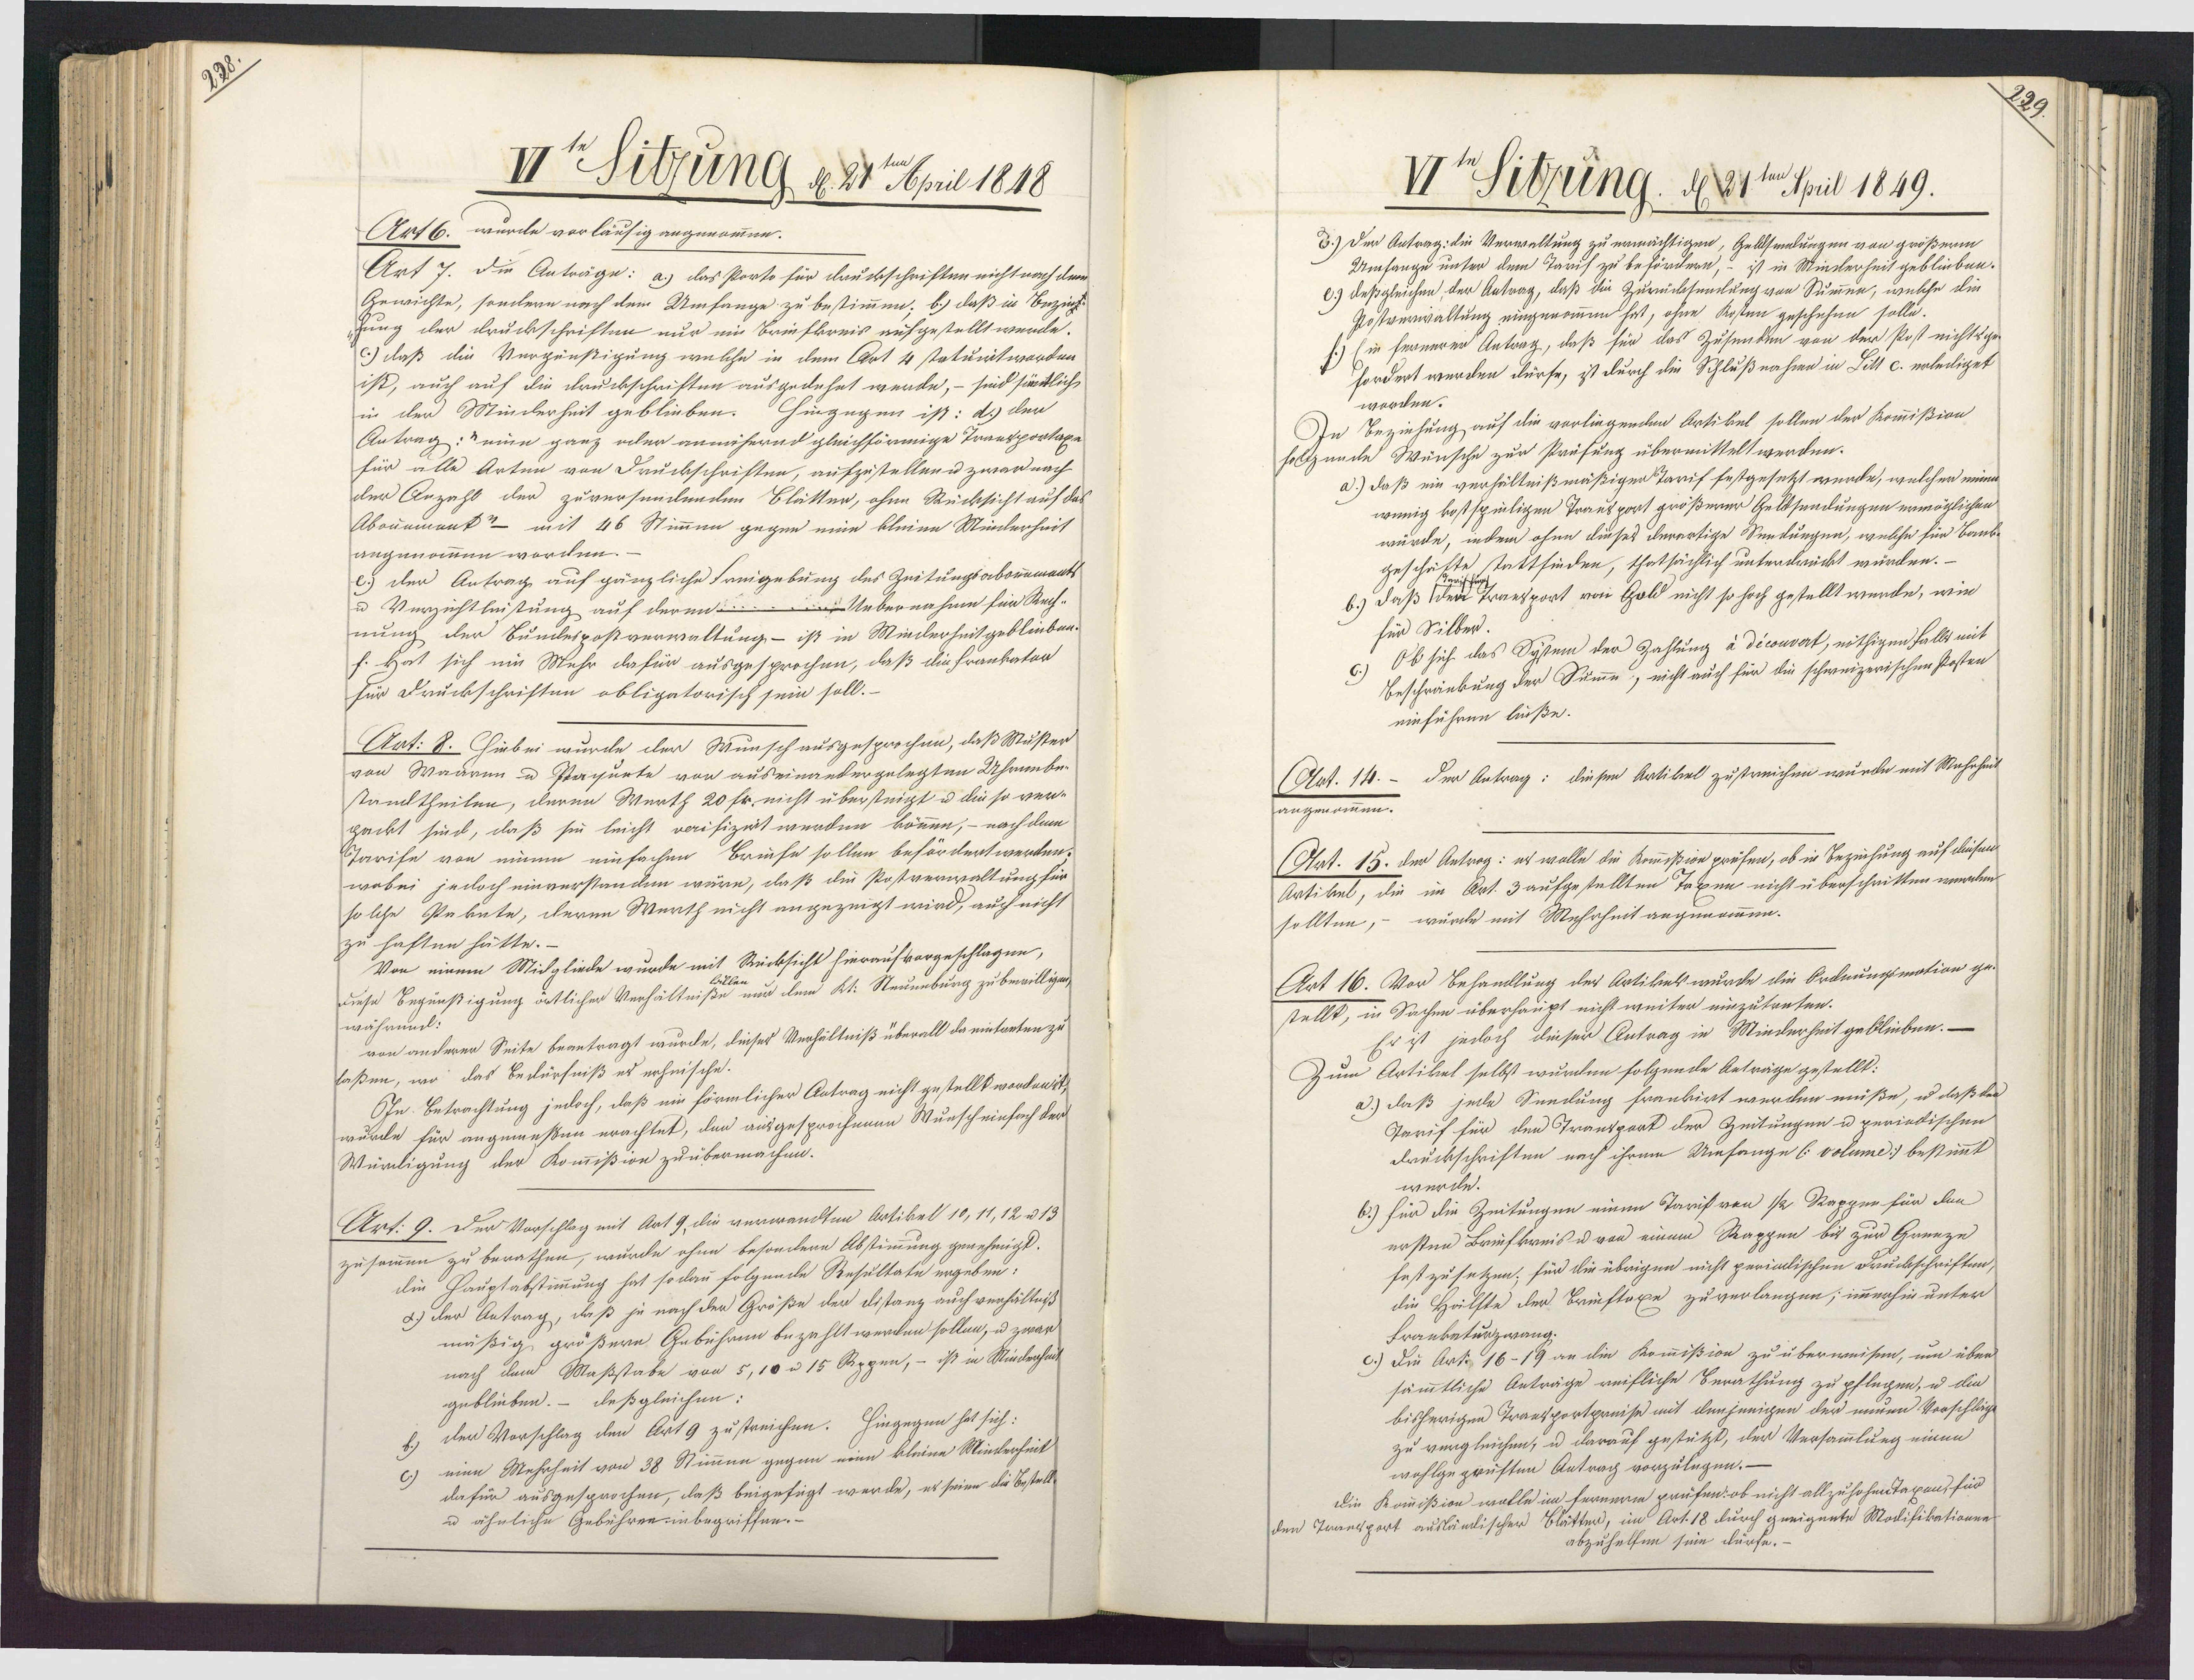
VIte Sitzung, d. 21e pil 1818
Art 6. wurde vorläusig angenommen.
Art 7. die Anträge: a) das Porto für druckschriften nicht nach dem
Gewichte, sondlern nach dem Umfange zu bestimmen; b.) daß in Bezinf¬
fung der druckschriften nur ein Briefkreis aufgestellt werde.
c.) daß die Vergünstigung welche in dem Art 4 statuirtworden
ist, auch auf die Druckschriften ausgedehnt werde, – sind säntlich
in der Minderheit geblieben. Hingegen ist: d.) der
Antrag:" eine ganz oder annähernd gleichförmige Transportaxe
für alle Arten von Druckschriften, aufzustellenu zwar nach
der Anzahl der zuversendenden Blätter, ohne Rücksicht auf das
Abouement?- mit 46 Stimmen gegen eine bleine Minderheit
angenommen worden.
e.) der Antrag auf gänzliche Freigebung des Zeitungsaborumants
Uebernahme für Rech¬
u Verzichtleistung auf deren
nung der Bundespostverwaltung – ist in Minderheit geblieben¬
f. Hat sich ein Mehr dafür ausgesprochen, daß die Frankator
für Druckschriften obligatorisch sein soll.-
Art: B. Hirbei wurde der Wunsch ausgesprochen, daß Muster
von Waaren u Pagurte von auseinandergelegten Uhrenber
tamltheilen, deren Werth 20 fr. nicht übersteigt u die so ver¬
gackt sind, daß sie leicht verifizirt werden können, – nach dem
Tarife von einem einfachen Bruefe sollen befördertwerden.
wobei jedoch einverstanden wäre, daß die Postverwaltung für
solche Paknte, deren Werth nicht angezeigt wird, auch nicht
zu haften hätte.-
Von einem Midgliede wurde mit Rücksicht hieraufvorgeschlagen,
Billen  dem Kt: Nteuenburg zu bewilligen
diese Begünstigung öntlicher Verhältniße im
währund:
von anderer Seite beantragt wurde, dieses Verhältniß überall da eintreten zu
laßen, wo das Bedürfniß es erhnische.
In. Betrachtung jedoch, daß ein förmlicher Antrag nicht gestellt worden it
wurde für angemeßen erachtet, den ausgesprochenen Wunscheinfach der
Würdigung der Kommißion zuübermachen.
Art: 9. Der Vorschlag mit Art 9 die verwandten Artikel 10,11, 12 u 13
zusammen zu berathen, wurde ohne besondere Abstimmung genehmigt.
die Hauptabstimmung hat so dau folgende Resultate ergeben:
&.) der Antrag, daß je nach der Größe der distanz auch verhältniß
mäßig größere Gebühren bezahlt werden sollen, u zwar
nach dem Maßstabe von 5,10 u 15 Sppen, - ist in Minderheit
geblieben. - Deßgleichen:
der Vorschlag den Art 9 zustreichen. Hingegen hat sich:
eine Mehrheit von 38 Stimmen gegen eine kleine Minderheit
dafür ausgesprochen, daß beigefügt werde, es seine die Bestell
u ähnliche Gebühren unbegriffen.

VI Sitzung. d 21ten April 1849.
E.) Der Antrag: die Verwaltung zu ermächtigen, Geblhmnlungen von größerm
Umfange unter dem Tarih zu befördern, – ist in Minderheit geblieben.
e) deßgleichen der Antrag, daß die Zurücksemlung von Summen, welche die
Gostverwaltung eingenommen hat, ohne Kosten geschehen solle.
Ein fernerer Antrag, daß für das Zusenden von der Post nichtsge-
fordert werden dürfe, ist durch die Schlußnahme in Litt c. erlediget
worden.
In Beziehung auf die vorliegenden Ortikel sollen der Kommißion
holtzunde Wünsche zur Präfung übermittelt werden.
a.) daß ein verhältnißmäßigen Tarif festgesetzt wurde, welcher einn
wenig kostspinligen Trausport größerer Geltsendungen ermöglichen
wurde, indem ohne dieses derartige Sendungen, welche für Banb¬
geschäfte tattfinden, thatsächlich unterdrückt würden. —
b.) daß  Traesport von Gold nicht so hoch gestellt werde, wie
für Silber.
c.) Ob sich das System der Zahlung à dicouvet, nöthigen falls mit
Beschränkung der Summe, nicht auch für die schweizerischen Posten
einführen lüße.
(Art. 14.- Der Antrag: diesen Artikel zustreichen wurde mit Mahnheit
angenommen.
(Art. 15. der Antrag: es wolle die Kommißion präfen, ob in Beziehung auf diesen
Artikel, die im Art. 3 aufgestellten Taxen nicht überschritten werden
sollten, – wurde mit Mehrheit angenommen.
Art 16. Vor Behandlung der Artikek wurde die Ordnungsmotion ge¬
stellt, in Sachen überhaupt nicht weiter einzutreten.
Er ist jedoch dieser Antrag in Minderheit geblieben. —
Zum Artikel selbst wurden folgende Aeträge gestellt:
a) daß jede Seedung frankirt werden müße, u daß kei
Tarif für den Transpork der Zeitungen u periedischen
druckschriften nach ihrem Umfange C volume) bestimmt
wurde.
6.) für die Zeitungen einen Tarif von 12 Rapper für den
ersten Briefkreis u von einem Rappen bit zur Grenze
fest zu setzen; für die übrigen nicht perialischen Druckschriften,
die Hälfte der Briiftaxe zu verlangen; immerhin unter
Frankaturzwang.
c.) Die Arti 16-19 an die Kommißion zu überweisen, um über
sämmtliche Anträge reifliche Berathung zu pflegen, u die
bisherigen Trantportpreise mit denjenigen der menen Vorschläg
zu vergleichen, u darauf gestützt, der Versammlung einen
wohlgepruften Antrag vorzulegen.—
die Kommißion wolle im fernere prüfen: ob nicht allzuhohen Taxen, für
den Trandsport ausländischer Blätter, im Art. 18 durch geeigente Modifikationen
abzuhelfen sein dürfe.

2